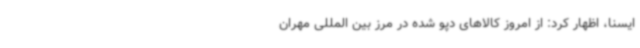
ایسنا، اظهار کرد: از امروز کالاهای دپو شده در مرز بین المللی مهران